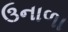
ઉનાળા